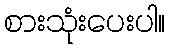
စားသုံးပေးပါ။